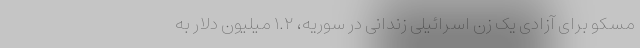
مسکو برای آزادی یک زن اسرائیلی زندانی در سوریه، ۱.۲ میلیون دلار به